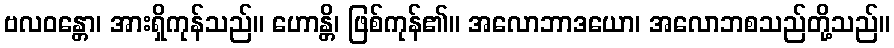
ဗလဝန္တော၊ အားရှိကုန်သည်။ ဟောန္တိ၊ ဖြစ်ကုန်၏။ အလောဘာဒယော၊ အလောဘစသည်တို့သည်။